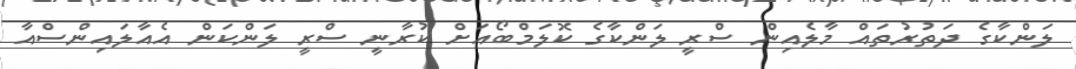
ލަންކާގެ ދަތުރުތައް މާލެއިން ސްރީ ލަންކާގެ ކޮލަމްބޯއަށް ކުރާނީ ސްރީ ލަންކަން އެއާލައިންސްއާ